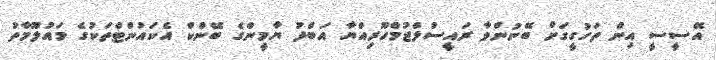
އޭސީސީ އިން ތަހުގީގަށް ބޭނުންވާ ރައީސުލްޖުމްހޫރިއްޔާ އަބްދު ޔާމީންގެ ބޭންކް އެކައުންޓްތަކުގެ މައުލޫމާތު